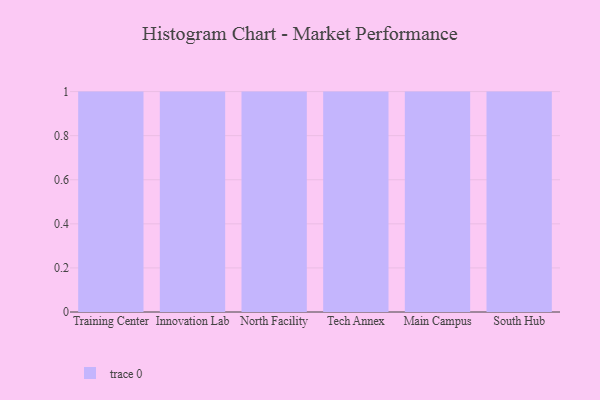
{"axis": {"x": "Campus", "y": "Market Share (%)"}, "legend": [""], "data": [{"x": "Training Center", "y": 14, "type": ""}, {"x": "Innovation Lab", "y": 99, "type": ""}, {"x": "North Facility", "y": 21, "type": ""}, {"x": "Tech Annex", "y": 3, "type": ""}, {"x": "Main Campus", "y": 13, "type": ""}, {"x": "South Hub", "y": 78, "type": ""}]}